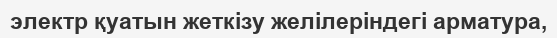
электр қуатын жеткізу желілеріндегі арматура,